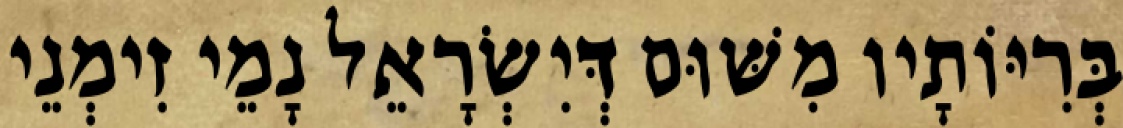
בְּרִיּוֹתָיו מִשּׁוּם דְּיִשְׂרָאֵל נָמֵי זִימְנֵי